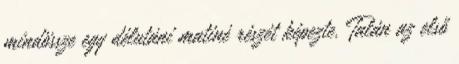
mindössze egy délutáni matiné részét képezte. Talán az első